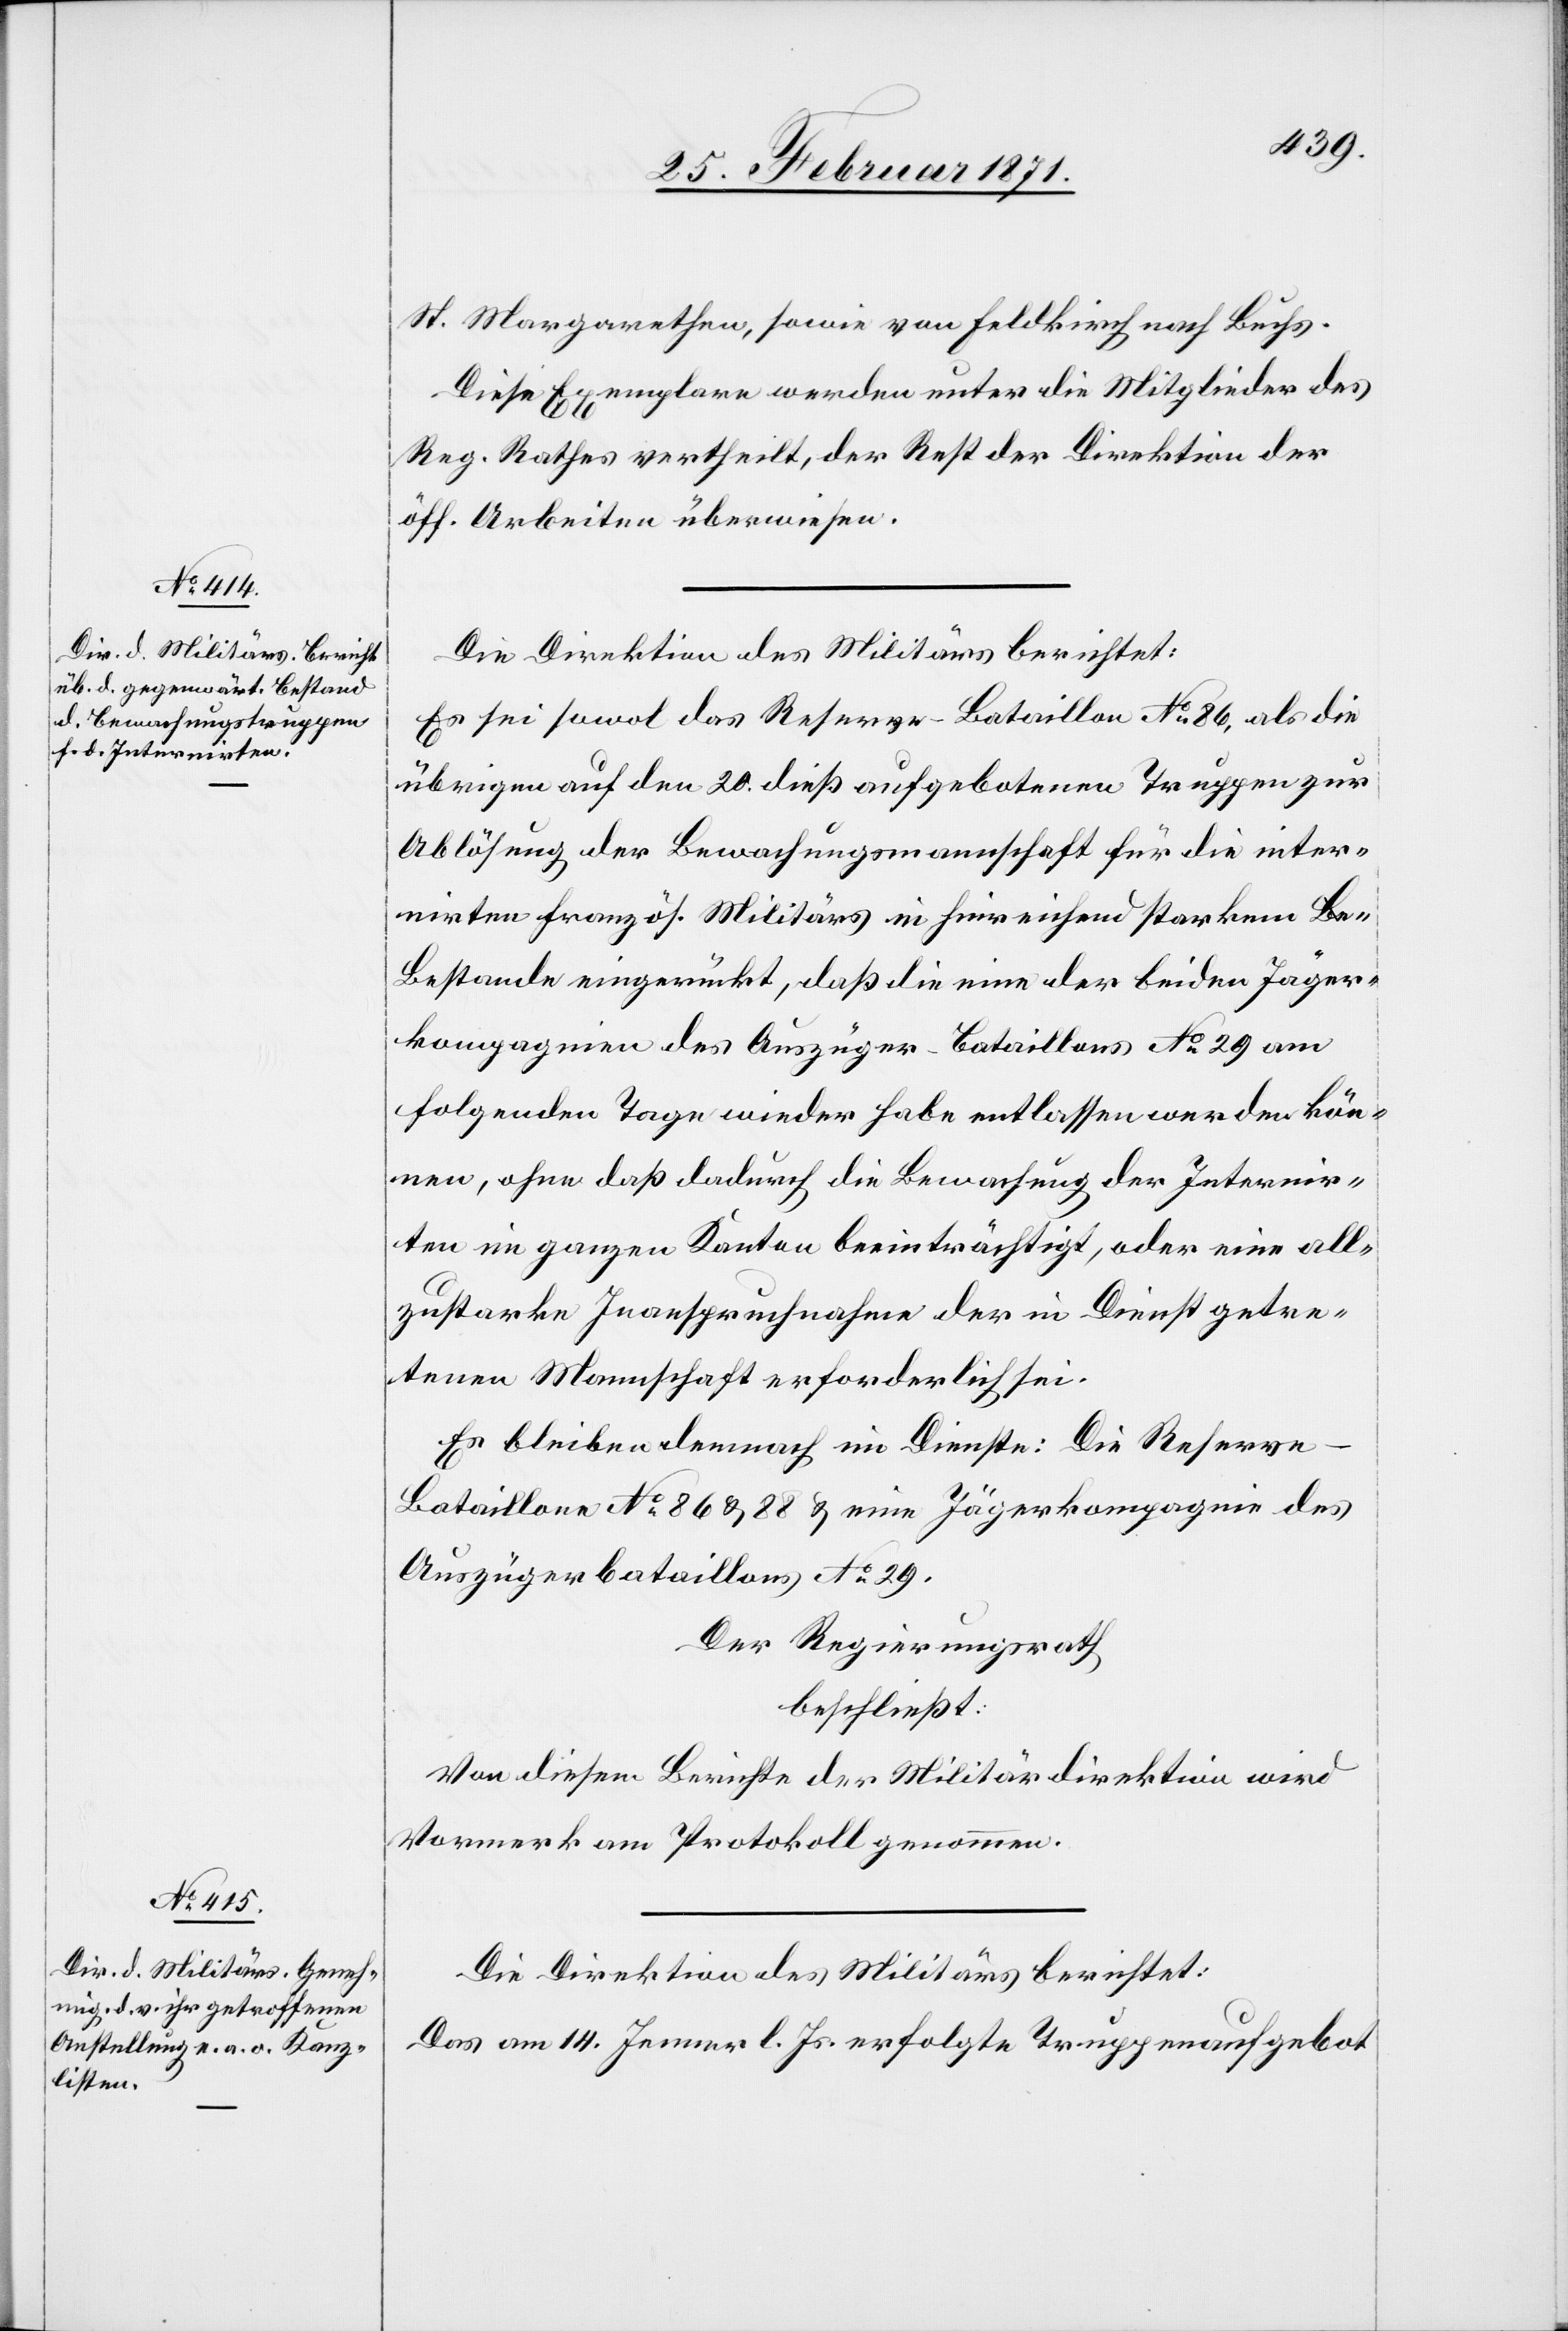
St. Margarethen, sowie von Feldkirch nach Buchs.
Diese Exemplare werden unter die Mitglieder des
Reg. Rathes vertheilt, der Rest der Direktion der
öff. Arbeiten überwiesen.
Die Direktion des Militärs berichtet:
Es sei sowol das Reserve-Bataillon No. 86, als die
übrigen auf den 20. dieß aufgebotenen Truppen zur
Ablösung der Bewachungsmannschaft für die inter¬
nirten französ. Militärs in hinreichend starkem B¬
estande eingerückt, daß die eine der beiden Jäger¬
kompagnien des Auszüger-Bataillons No. 29 am
folgenden Tage wieder habe entlassen werden kön¬
nen, ohne daß dadurch die Bewachung der Internir¬
ten im ganzen Kanton beeinträchtigt, oder eine al¬
zustarke Inanspruchnahme der in Dienst getre¬
tenen Mannschaft erforderlich sei.
Es bleiben demnach im Dienste: Die Reserve-B¬
ataillone No. 86 u. 88 u. eine Jägerkompagnie des
Auszügerbataillons No. 29.
Der Regierungsrath
beschließt:
Von diesem Berichte der Militärdirektion wird
Vormerk am Protokoll genommen.
Die Direktion des Militärs berichtet:
Das am 14. Jenner l. Js. erfolgte Truppenaufgebot